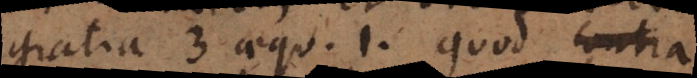
gratia 3 aequ. 1, quod